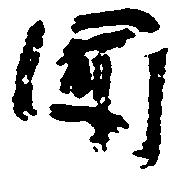
聞